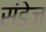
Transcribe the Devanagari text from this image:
संडेज़